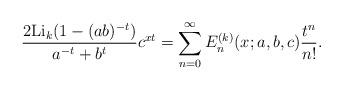
LaTeX: \begin{align*}\frac{2{\rm Li}_k(1-(ab)^{-t})}{a^{-t}+b^{t}}c^{xt}=\sum_{n=0}^{\infty}{E}^{(k)}_n(x;a,b,c)\frac{t^n}{n!}.\end{align*}